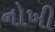
નોખી